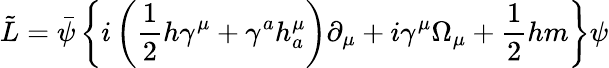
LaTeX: \tilde{L}=\bar{\psi}\left\{ i\left(\frac 12h\gamma^{\mu}+\gamma^{a}h_{a}^{\mu}\right)\partial_{\mu}+i\gamma^{\mu}\Omega_{\mu}+\frac 12hm\right\} \psi